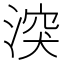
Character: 湥